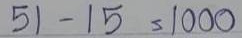
51 - 15 = 1000